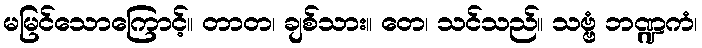
မမြင်သောကြောင့်။ တာတ၊ ချစ်သား။ တေ၊ သင်သည်။ သဗ္ဗံ ဘဏ္ဍကံ၊